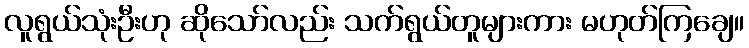
လူရွယ်သုံးဦးဟု ဆိုသော်လည်း သက်ရွယ်တူများကား မဟုတ်ကြချေ။